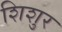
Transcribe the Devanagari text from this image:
शिशुर